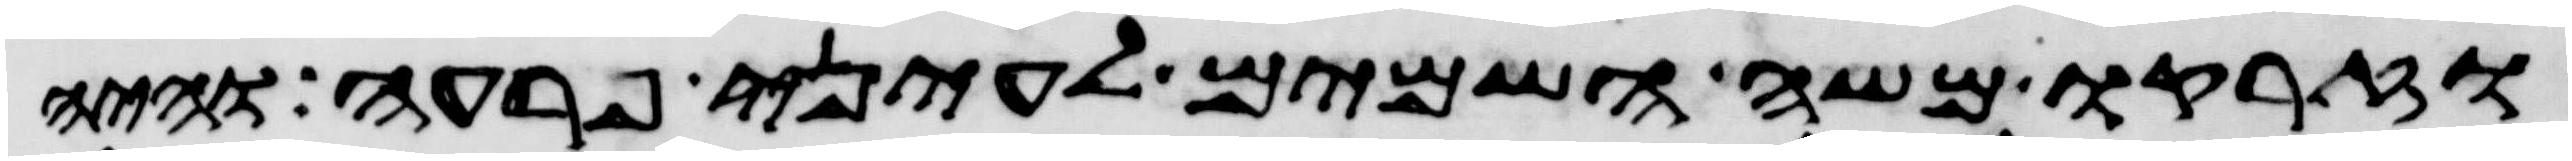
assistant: וזרקו משה השמים לעיני פרעה והיה